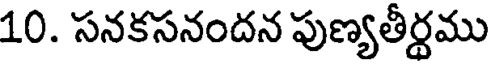
10. సనకసనందన పుణ్యతీర్థము